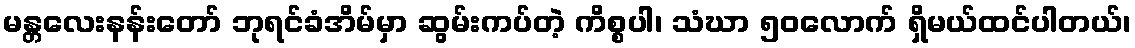
မန္တလေးနန်းတော် ဘုရင်ခံအိမ်မှာ ဆွမ်းကပ်တဲ့ ကိစ္စပါ၊ သံဃာ ၅၀လောက် ရှိမယ်ထင်ပါတယ်၊